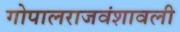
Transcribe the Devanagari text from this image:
गोपालराजवंशावली